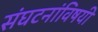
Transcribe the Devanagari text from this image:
संघटनांविषयी